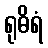
ရုဓိရံ